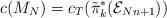
LaTeX: \begin{align*}c(M_{N})= c_{T}(\tilde{\pi}_{k}^{*}({\cal E}_{Nn+1}))\end{align*}